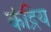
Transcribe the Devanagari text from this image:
कंद्रिय